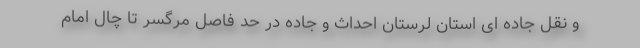
و نقل جاده ای استان لرستان احداث و جاده در حد فاصل مرگسر تا چال امام